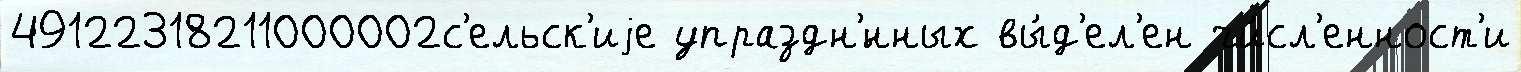
49122318211000002с'ельск'иjе упраздн'́нных вы́д'ел'ен чи́сл'енност'и